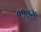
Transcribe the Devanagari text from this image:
११७२९